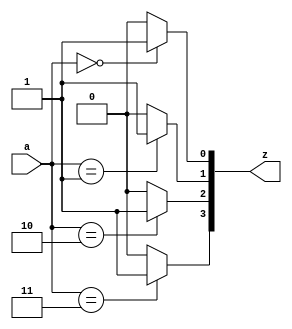
// Copyright 2003 Star Galaxy Publishing

module demux (a, z); 
  input [1:0] a;

  output [3:0] z;
  reg [3:0] z;

  integer i;

  always @(a)
    for (i=0; i<4; i=i+1)
      if (a == i)
        z[i] = 1;
      else
        z[i] = 0;
endmodule